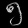
Digit: ၅